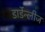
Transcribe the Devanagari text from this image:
डार्डेन्लीज